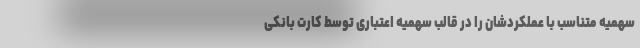
سهمیه متناسب با عملکردشان را در قالب سهمیه اعتباری توسط کارت بانکی